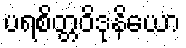
ပရစိတ္တဝိဒုနိယော